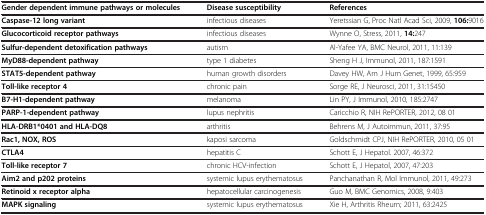
<table><thead><tr><td><b>Gender dependent immune pathways or molecules</b></td><td><b>Disease susceptibility</b></td><td><b>References</b></td></tr></thead><tbody><tr><td><b>Caspase-12 long variant</b></td><td>infectious diseases</td><td>Yeretssian G, Proc Natl Acad Sci, 2009, <b>106:</b>9016</td></tr><tr><td><b>Glucocorticoid receptor pathways</b></td><td>infectious diseases</td><td>Wynne O, Stress, 2011, <b>14:</b>247</td></tr><tr><td><b>Sulfur-dependent detoxification pathways</b></td><td>autism</td><td>Al-Yafee YA, BMC Neurol, 2011, 11:139</td></tr><tr><td><b>MyD88-dependent pathway</b></td><td>type 1 diabetes</td><td>Sheng H J, Immunol, 2011, 187:1591</td></tr><tr><td><b>STAT5-dependent pathway</b></td><td>human growth disorders</td><td>Davey HW, Am J Hum Genet, 1999, 65:959</td></tr><tr><td><b>Toll-like receptor 4</b></td><td>chronic pain</td><td>Sorge RE, J Neurosci, 2011, 31:15450</td></tr><tr><td><b>B7-H1-dependent pathway</b></td><td>melanoma</td><td>Lin PY, J Immunol, 2010, 185:2747</td></tr><tr><td><b>PARP-1-dependent pathway</b></td><td>lupus nephritis</td><td>Caricchio R, NIH RePORTER, 2012, 08 01</td></tr><tr><td><b>HLA-DRB1*0401 and HLA-DQ8</b></td><td>arthritis</td><td>Behrens M, J Autoimmun, 2011, 37:95</td></tr><tr><td><b>Rac1, NOX, ROS</b></td><td>kaposi sarcoma</td><td>Goldschmidt CPJ, NIH RePORTER, 2010, 05 01</td></tr><tr><td><b>CTLA4</b></td><td>hepatitis C</td><td>Schott E, J Hepatol. 2007, 46:372</td></tr><tr><td><b>Toll-like receptor 7</b></td><td>chronic HCV-infection</td><td>Schott E, J Hepatol, 2007, 47:203</td></tr><tr><td><b>Aim2 and p202 proteins</b></td><td>systemic lupus erythematosus</td><td>Panchanathan R, Mol Immunol, 2011, 49:273</td></tr><tr><td><b>Retinoid x receptor alpha</b></td><td>hepatocellular carcinogenesis</td><td>Guo M, BMC Genomics, 2008, 9:403</td></tr><tr><td><b>MAPK signaling</b></td><td>systemic lupus erythematosus</td><td>Xie H, Arthritis Rheum; 2011, 63:2425</td></tr></tbody></table>